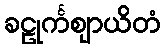
ခဠုင်္ကဈာယိတံ